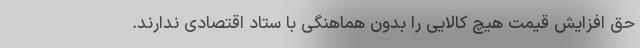
حق افزایش قیمت هیچ کالایی را بدون هماهنگی با ستاد اقتصادی ندارند.